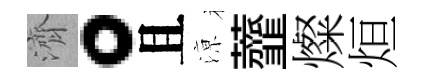
濟。且鿌虀燦烜